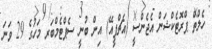
ހެލްތް ޕްރޮޓެކްޝަން އެޖެންސީ (އެޗްޕީއޭ) އިން ބުނީ ސެޕްޓެމްބަރ މަހުގެ 29 ވަނަ